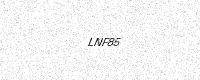
Text: LNF85